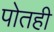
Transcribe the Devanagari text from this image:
पोतही